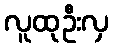
လူထုဦးလှ